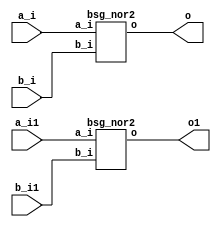


module top
(
  a_i,
  b_i,
  o,
  a_i1, // added for decompiling
  b_i1, // added for decompiling
  o1 // added for decompiling
);

  input [31:0] a_i;
  input [31:0] b_i;
  output [31:0] o;
  input [31:0] a_i1; // added for decompiling
  input [31:0] b_i1; // added for decompiling
  output [31:0] o1; // added for decompiling

  bsg_nor2
  wrapper
  (
    .a_i(a_i),
    .b_i(b_i),
    .o(o)
  );

  bsg_nor2
  wrapper1
  (
    .a_i(a_i1), // added for decompiling
    .b_i(b_i1), // added for decompiling
    .o(o1) // added for decompiling
  );

endmodule



module bsg_nor2
(
  a_i,
  b_i,
  o
);

  input [31:0] a_i;
  input [31:0] b_i;
  output [31:0] o;
  wire [31:0] o;
  wire N0,N1,N2,N3,N4,N5,N6,N7,N8,N9,N10,N11,N12,N13,N14,N15,N16,N17,N18,N19,N20,N21,
  N22,N23,N24,N25,N26,N27,N28,N29,N30,N31;
  assign o[31] = ~N0;
  assign N0 = a_i[31] | b_i[31];
  assign o[30] = ~N1;
  assign N1 = a_i[30] | b_i[30];
  assign o[29] = ~N2;
  assign N2 = a_i[29] | b_i[29];
  assign o[28] = ~N3;
  assign N3 = a_i[28] | b_i[28];
  assign o[27] = ~N4;
  assign N4 = a_i[27] | b_i[27];
  assign o[26] = ~N5;
  assign N5 = a_i[26] | b_i[26];
  assign o[25] = ~N6;
  assign N6 = a_i[25] | b_i[25];
  assign o[24] = ~N7;
  assign N7 = a_i[24] | b_i[24];
  assign o[23] = ~N8;
  assign N8 = a_i[23] | b_i[23];
  assign o[22] = ~N9;
  assign N9 = a_i[22] | b_i[22];
  assign o[21] = ~N10;
  assign N10 = a_i[21] | b_i[21];
  assign o[20] = ~N11;
  assign N11 = a_i[20] | b_i[20];
  assign o[19] = ~N12;
  assign N12 = a_i[19] | b_i[19];
  assign o[18] = ~N13;
  assign N13 = a_i[18] | b_i[18];
  assign o[17] = ~N14;
  assign N14 = a_i[17] | b_i[17];
  assign o[16] = ~N15;
  assign N15 = a_i[16] | b_i[16];
  assign o[15] = ~N16;
  assign N16 = a_i[15] | b_i[15];
  assign o[14] = ~N17;
  assign N17 = a_i[14] | b_i[14];
  assign o[13] = ~N18;
  assign N18 = a_i[13] | b_i[13];
  assign o[12] = ~N19;
  assign N19 = a_i[12] | b_i[12];
  assign o[11] = ~N20;
  assign N20 = a_i[11] | b_i[11];
  assign o[10] = ~N21;
  assign N21 = a_i[10] | b_i[10];
  assign o[9] = ~N22;
  assign N22 = a_i[9] | b_i[9];
  assign o[8] = ~N23;
  assign N23 = a_i[8] | b_i[8];
  assign o[7] = ~N24;
  assign N24 = a_i[7] | b_i[7];
  assign o[6] = ~N25;
  assign N25 = a_i[6] | b_i[6];
  assign o[5] = ~N26;
  assign N26 = a_i[5] | b_i[5];
  assign o[4] = ~N27;
  assign N27 = a_i[4] | b_i[4];
  assign o[3] = ~N28;
  assign N28 = a_i[3] | b_i[3];
  assign o[2] = ~N29;
  assign N29 = a_i[2] | b_i[2];
  assign o[1] = ~N30;
  assign N30 = a_i[1] | b_i[1];
  assign o[0] = ~N31;
  assign N31 = a_i[0] | b_i[0];

endmodule